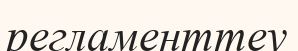
регламенттеу